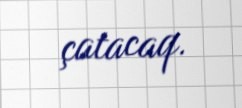
çatacaq.